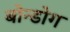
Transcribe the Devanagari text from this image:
बोन्डोग